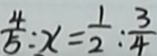
\frac { 4 } { 5 } : x = \frac { 1 } { 2 } : \frac { 3 } { 4 }